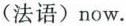
(法语) now.